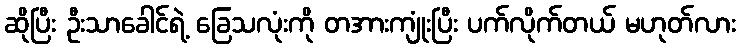
ဆိုပြီး ဦးသာခေါင်ရဲ့ ခြေသလုံးကို တအားကျုံးပြီး ပက်လိုက်တယ် မဟုတ်လား